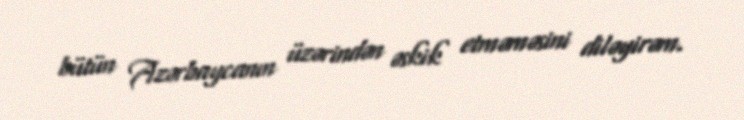
bütün Azərbaycanın üzərindən əskik etməməsini diləyirəm.